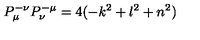
P _ { \mu } ^ { - \nu } P _ { \nu } ^ { - \mu } = 4 ( - k ^ { 2 } + l ^ { 2 } + n ^ { 2 } )